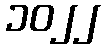
၁၀၂၂